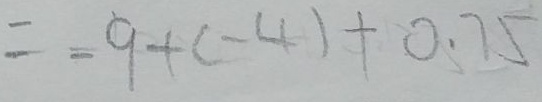
= - 9 + ( - 4 ) + 0 . 7 5